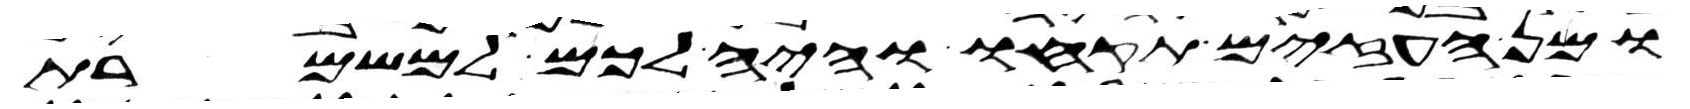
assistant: ומן העזים תקחו והיה לכם למשמרת